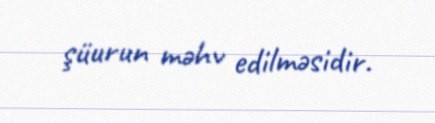
şüurun məhv edilməsidir.